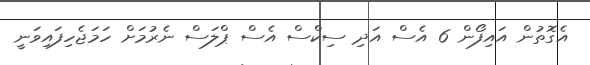
އެގޮތުން އައިފޯން 6 އެސް އަދި ސިކްސް އެސް ޕްލަސް ނެރުމަށް ހަމަޖެހިފައިވަނީ